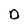
Character: O